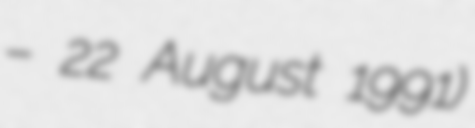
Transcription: – 22 August 1991)